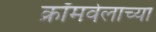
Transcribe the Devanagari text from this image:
क्रॉमवेलाच्या